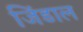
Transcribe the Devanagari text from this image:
जिंडाल